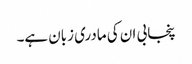
پنجابی ان کی مادری زبان ہے۔